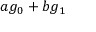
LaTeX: a g _ { 0 } + b g _ { 1 }